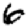
Digit: 6